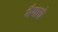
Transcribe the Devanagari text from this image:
मैयाचे